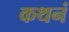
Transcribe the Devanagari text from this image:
कथनं